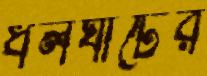
ধলঘাটের